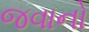
જવાનો